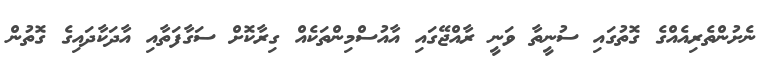
ނެށުންތެރިއެއްގެ ގޮތުގައި ސުނީތާ ވަނީ ރާއްޖޭގައި އާއުސްމިންތަކެއް ގިރާކޮށް ސަގާފަތާއި އާދަކާދައިގެ ގޮތުން